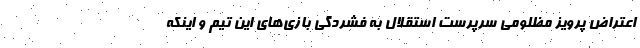
اعتراض پرویز مظلومی سرپرست استقلال به فشردگی بازی‌های این تیم و اینکه